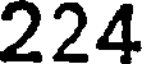
224